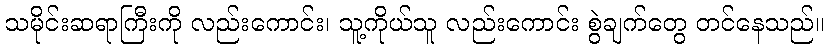
သမိုင်းဆရာကြီးကို လည်းကောင်း၊ သူ့ကိုယ်သူ လည်းကောင်း စွဲချက်တွေ တင်နေသည်။